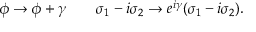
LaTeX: \phi \rightarrow \phi + \gamma \qquad \sigma _ { 1 } - i \sigma _ { 2 } \rightarrow e ^ { i \gamma } ( \sigma _ { 1 } - i \sigma _ { 2 } ) .